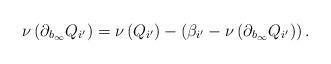
LaTeX: \begin{align*}\nu\left(\partial_{b_\infty}Q_{i'}\right)=\nu\left(Q_{i'}\right)-\left(\beta_{i'}-\nu\left(\partial_{b_\infty}Q_{i'}\right)\right).\end{align*}